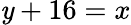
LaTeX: \mathit{y}+16=x